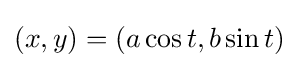
(x,y)=(a\cos t,b\sin t)